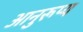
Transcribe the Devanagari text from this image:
आनुरूप्य